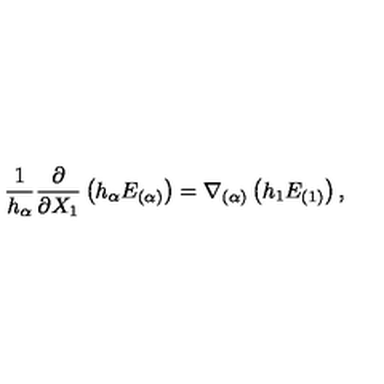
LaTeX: \frac { 1 } { h _ { \alpha } } \frac { \partial } { \partial X _ { 1 } } \left( h _ { \alpha } E _ { ( \alpha ) } \right) = \nabla _ { ( \alpha ) } \left( h _ { 1 } E _ { ( 1 ) } \right) ,